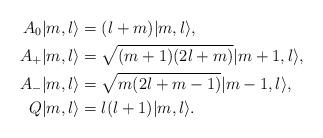
LaTeX: \begin{align*} A_0|m,l\rangle &= (l + m)|m,l\rangle,\\ A_+ |m,l\rangle &= \sqrt{(m+1)(2l + m)}|m+1,l\rangle,\\ A_- |m,l\rangle &= \sqrt{m(2l+m-1)}|m-1,l\rangle,\\ Q |m,l\rangle &= l(l+1) |m,l\rangle.\end{align*}